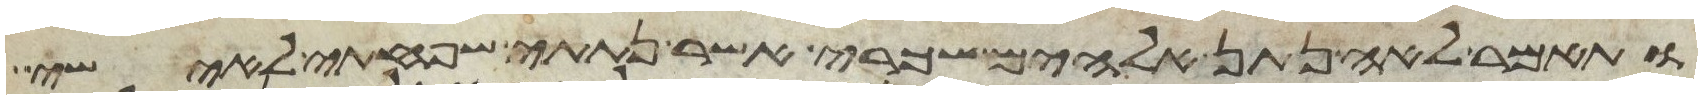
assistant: ותאמר לאה נתן אלהים שכרי אשר נתתי שפחתי לאישי